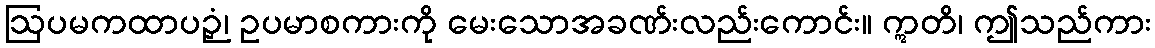
ဩပမကထာပဉှံ၊ ဥပမာစကားကို မေးသောအခဏ်းလည်းကောင်း။ ဣတိ၊ ဤသည်ကား